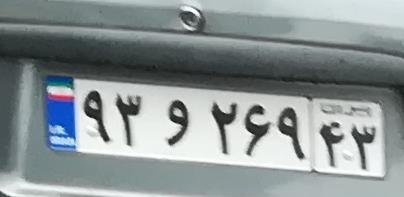
۹۳و۲۶۹۴۳